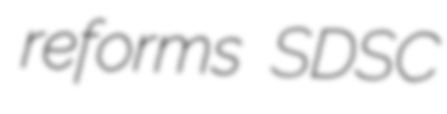
reforms SDSC